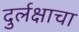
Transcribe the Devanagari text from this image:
दुर्लक्षाचा